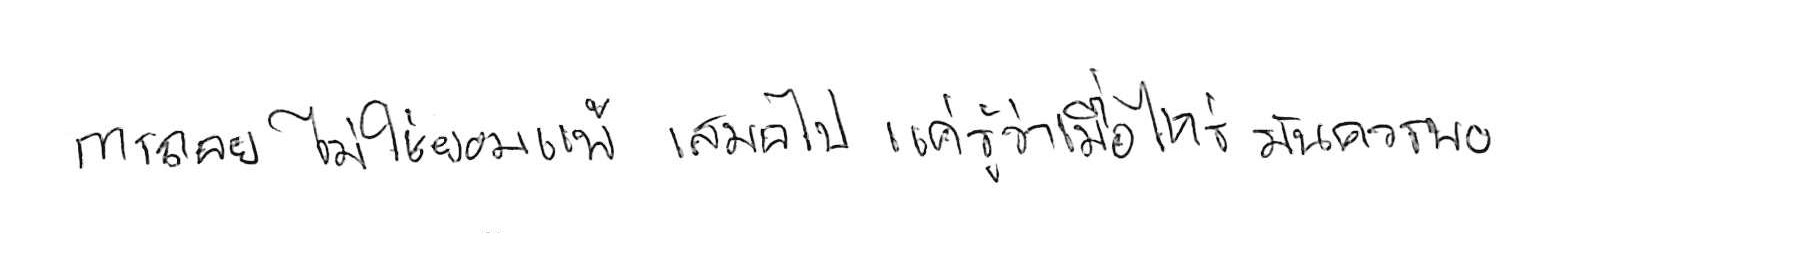
การถอย ไม่ใช่ยอมแพ้ เสมอไป แค่รู้ว่าเมื่อไหร่ มันควรพอ